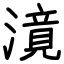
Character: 𣽾